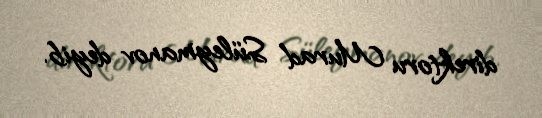
direktoru Murad Süleymanov deyib.